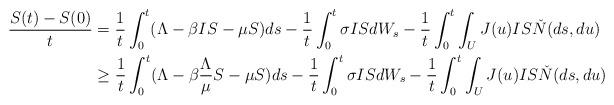
LaTeX: \begin{align*}\dfrac{S(t)-S(0)}{t} &=\frac{1}{t}\int_0^t(\Lambda-\beta IS-\mu S)ds-\frac{1}{t}\int_0^t \sigma ISdW_s-\frac{1}{t}\int_0^t \int_U J(u)IS \check{N}(ds,du)\\&\geq \frac{1}{t}\int_0^t(\Lambda-\beta \frac{\Lambda}{\mu} S-\mu S)ds-\frac{1}{t}\int_0^t \sigma ISdW_s-\frac{1}{t}\int_0^t \int_U J(u)IS \check{N}(ds,du)\end{align*}